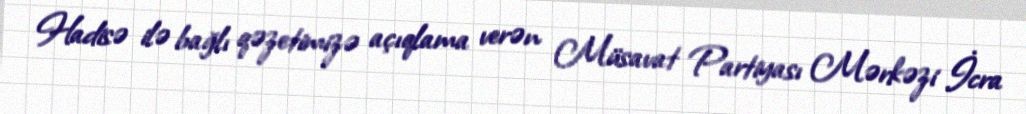
Hadisə ilə bağlı qəzetimizə açıqlama verən Müsavat Partiyası Mərkəzi İcra